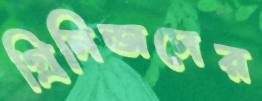
গ্রিনিজদের